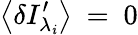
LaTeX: \left\langle\delta{{I}_{{\lambda_{\mathit{i}}}}^{\prime}}\right\rangle\mathrm{{~=~}}0